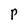
Character: p